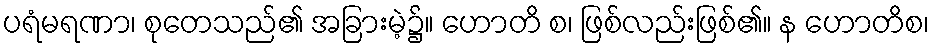
ပရံမရဏာ၊ စုတေသည်၏ အခြားမဲ့၌။ ဟောတိ စ၊ ဖြစ်လည်းဖြစ်၏။ န ဟောတိစ၊